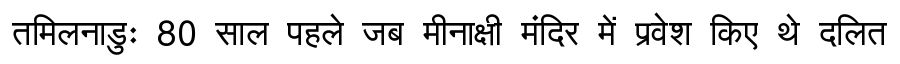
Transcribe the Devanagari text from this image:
तमिलनाडुः 80 साल पहले जब मीनाक्षी मंदिर में प्रवेश किए थे दलित